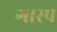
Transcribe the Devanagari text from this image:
गास्प